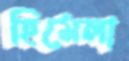
হিমেলা